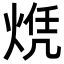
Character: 𬊠